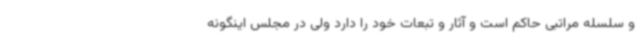
و سلسله مراتبی حاکم است و آثار و تبعات خود را دارد ولی در مجلس اینگونه